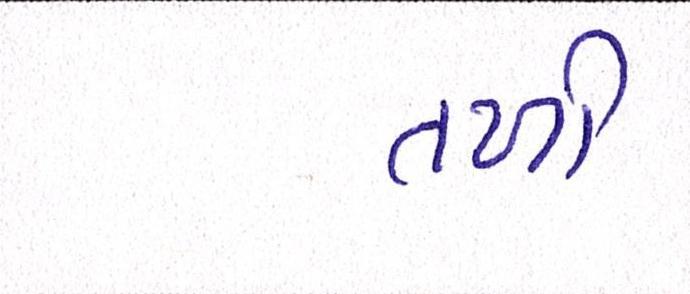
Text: તળી